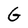
Character: G